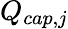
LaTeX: Q_{cap,j}